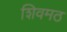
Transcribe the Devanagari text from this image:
शिवमठ